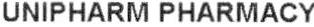
UNIPHARM PHARMACY